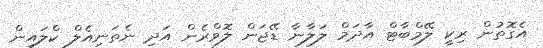
އެގޮތުން ރިކީ ލޭމްބާޓް އާދަމް ލަލާނާ ޑޭޖަން ލޮވްރެން އަދި ނެތަނިއެލް ކްލައިން